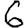
Digit: 6